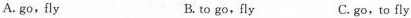
A. go,fly B. to go,fly C. go, to fly